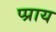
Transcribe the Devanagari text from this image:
प्प्राय